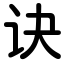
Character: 诀